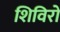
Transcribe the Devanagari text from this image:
शिविरो